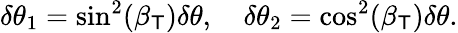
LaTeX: \delta\theta_{1}=\sin^{2}(\beta_{\mathsf{T}})\delta\theta,\quad\delta\theta_{2}=\cos^{2}(\beta_{\mathsf{T}})\delta\theta.